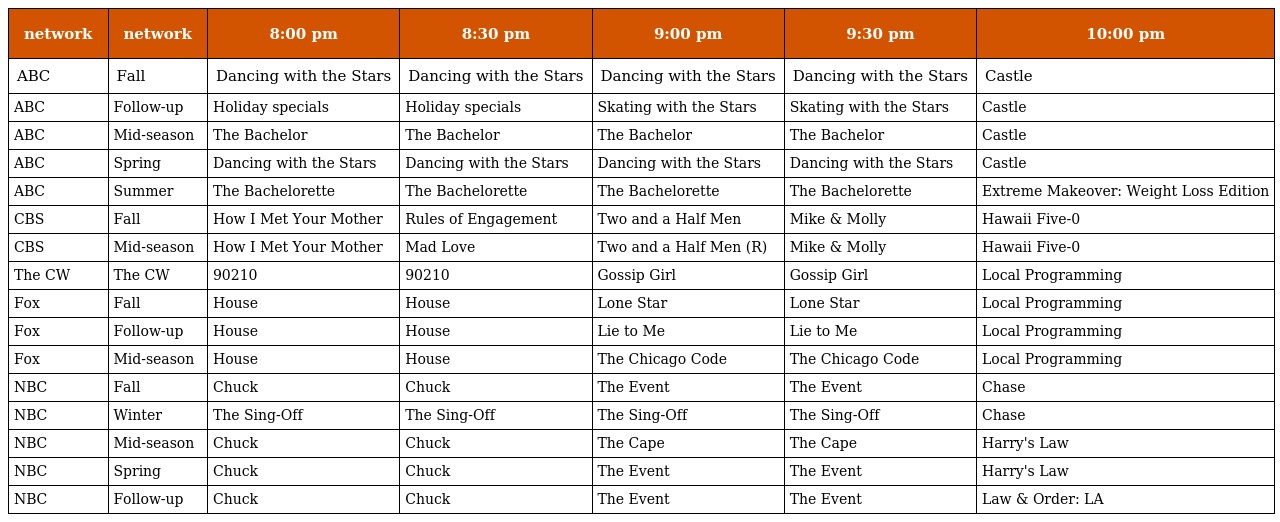
| network | network | 8:00 pm | 8:30 pm | 9:00 pm | 9:30 pm | 10:00 pm |
 | --- | --- | --- | --- | --- | --- | --- |
 | ABC | Fall | Dancing with the Stars | Dancing with the Stars | Dancing with the Stars | Dancing with the Stars | Castle |
 | ABC | Follow-up | Holiday specials | Holiday specials | Skating with the Stars | Skating with the Stars | Castle |
 | ABC | Mid-season | The Bachelor | The Bachelor | The Bachelor | The Bachelor | Castle |
 | ABC | Spring | Dancing with the Stars | Dancing with the Stars | Dancing with the Stars | Dancing with the Stars | Castle |
 | ABC | Summer | The Bachelorette | The Bachelorette | The Bachelorette | The Bachelorette | Extreme Makeover: Weight Loss Edition |
 | CBS | Fall | How I Met Your Mother | Rules of Engagement | Two and a Half Men | Mike & Molly | Hawaii Five-0 |
 | CBS | Mid-season | How I Met Your Mother | Mad Love | Two and a Half Men (R) | Mike & Molly | Hawaii Five-0 |
 | The CW | The CW | 90210 | 90210 | Gossip Girl | Gossip Girl | Local Programming |
 | Fox | Fall | House | House | Lone Star | Lone Star | Local Programming |
 | Fox | Follow-up | House | House | Lie to Me | Lie to Me | Local Programming |
 | Fox | Mid-season | House | House | The Chicago Code | The Chicago Code | Local Programming |
 | NBC | Fall | Chuck | Chuck | The Event | The Event | Chase |
 | NBC | Winter | The Sing-Off | The Sing-Off | The Sing-Off | The Sing-Off | Chase |
 | NBC | Mid-season | Chuck | Chuck | The Cape | The Cape | Harry's Law |
 | NBC | Spring | Chuck | Chuck | The Event | The Event | Harry's Law |
 | NBC | Follow-up | Chuck | Chuck | The Event | The Event | Law & Order: LA |